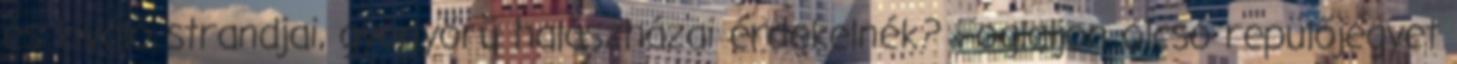
és kiváló strandjai, gyönyörű halászházai érdekelnék? Foglaljon olcsó repülőjegyet